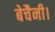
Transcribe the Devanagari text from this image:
बेचैनी।